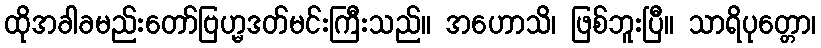
ထိုအခါခမည်းတော်ဗြဟ္မဒတ်မင်းကြီးသည်။ အဟောသိ၊ ဖြစ်ဘူးပြီ။ သာရိပုတ္တော၊